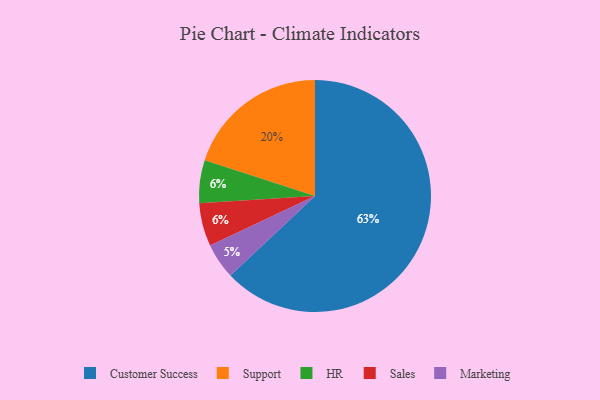
{"axis": {"x": "Category", "y": "Percentage"}, "legend": ["Customer Success", "HR", "Marketing", "Sales", "Support"], "data": [{"x": "Support", "y": 20, "type": "Support"}, {"x": "Marketing", "y": 5, "type": "Marketing"}, {"x": "Customer Success", "y": 63, "type": "Customer Success"}, {"x": "HR", "y": 6, "type": "HR"}, {"x": "Sales", "y": 6, "type": "Sales"}]}